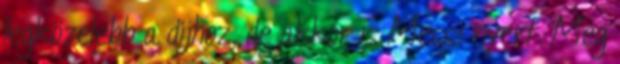
legközelebb a díjhoz, de akkor is Messi nyert. Meg